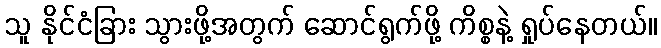
သူ နိုင်ငံခြား သွားဖို့အတွက် ဆောင်ရွက်ဖို့ ကိစ္စနဲ့ ရှုပ်နေတယ်။